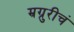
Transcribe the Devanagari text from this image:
म्रग्रुरीचं